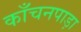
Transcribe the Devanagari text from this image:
काँचनपाड़ा